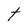
Character: T